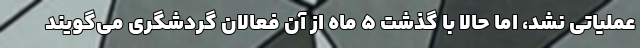
عملیاتی نشد، اما حالا با گذشت ۵ ماه از آن فعالان گردشگری می‌گویند